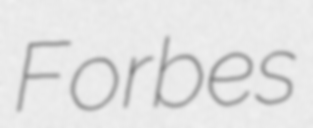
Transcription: Forbes